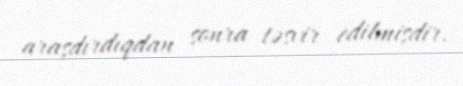
araşdırdıqdan sonra təsvir edilmişdir.